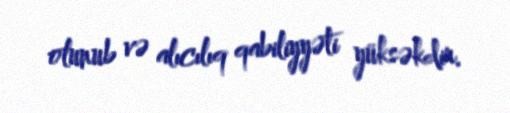
olunub və alıcılıq qabiliyyəti yüksəkdir.